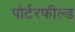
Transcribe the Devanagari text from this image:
पोर्टरफील्ड